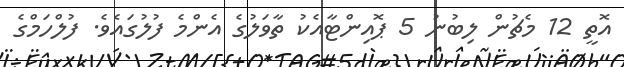
އޮތީ 12 މެޗުން ލިބުނު 5 ޕޮއިންޓާއެކު ތާވަލުގެ އެންމެ ފުލުގައެވެ. ފުލްހަމްގެ